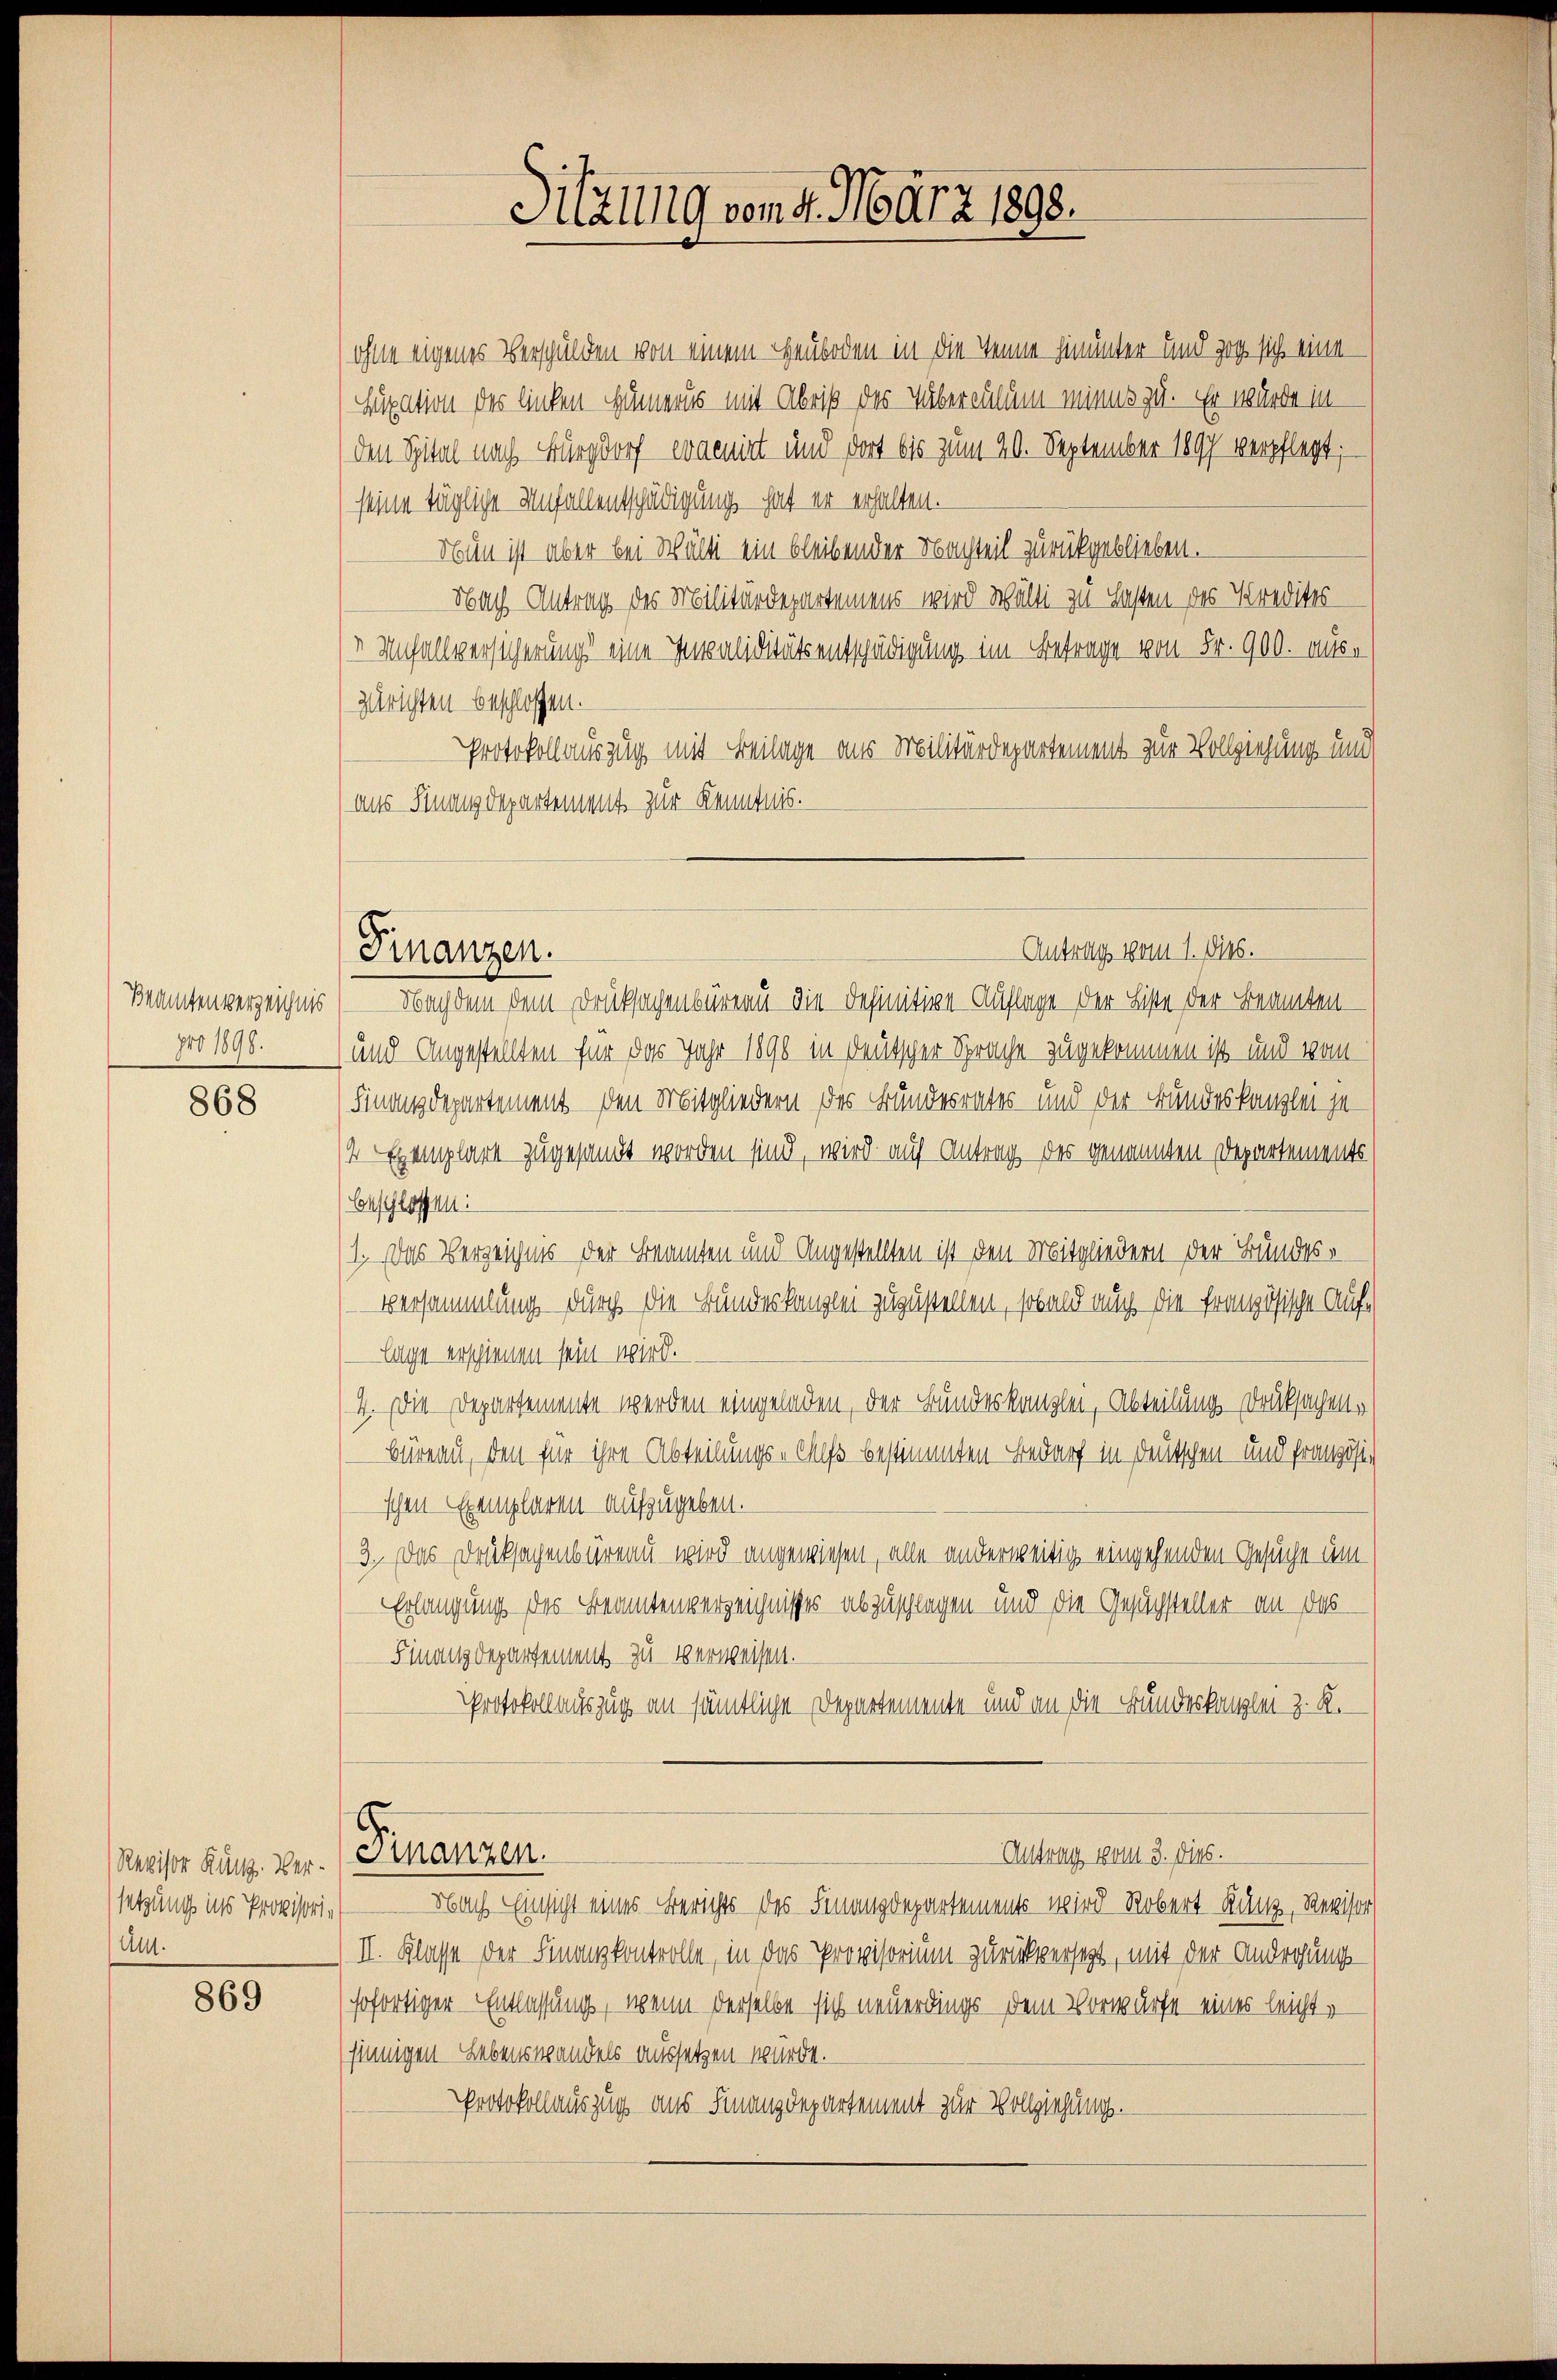
Beamtenverzeichnis
pro 1898.

868

Revisor Runz. Ver-
setzung ins Provisoriam.

869

Antrags vom 1. Dieb.
Finanzen.

den Spital nach Burgdorf eracirt und dort bis zum 20. September 1897 verpflegt;
seine tägliche Unfallentschädigung hat er erhalten.
Nun ist aber bei Wälti ein bleibender Nachteil zurückgeblieben.
Nach Antrag des Militärdepartemens wird wälti zu Lasten des Kredites
 Unfallversicherung eine Invaliditätsentschädigung im Befrage von Fr. 900. auszurichten beschlossen.
Protokollauszug mit Beilage aus Militärdepartement zur Vollziehung und
aus Finanzdepartement zur Kenntnis.

Sitzung vom 9. März 1898.

(ohne eigenes Verschulden von einem Heuboden in die Tenne hinunter und zog sich eine
upation des linken Hämmus mit Abris des Tuberculum minus zu. Er wurde in

Nachdem dem Drucksachenbüreau die definitive Auflage der Liste der Beamten¬
und Angestellten für das Jahr 1890 in deutscher Sprache zugekommen ist und von
Finanzdepartement den Mitgliedern des Bundesrates und der Bundeskanzlei ge¬
4 Exemplare zugesandt worden sind, wird auf Antrag des genannten Departements
beschlossen:
1. Das Verzeichnis der Beamten und Angestellten ist den Mitgliedern der Bundes¬
Versammlung durch die Bundeskanzlei zuzustellen, sobald auch die französische Auflage erschienen sein wird.
4. Die Departemente werden eingeladen, der Bundeskanzlei, Abteilung Druksachenbüreau, den für ihre Abteilungs-Chefs bestimmten Bedarf in Deutschen und französischen Exemplaren aufzugeben.
3. Das Drucksagenbüreau wird angewiesen, alle anderweitig eingehenden Gesuche um
Erlangung des Beamtenverzeichnisses abzuschlagen und die Gesuchsteller an das
Finanzdepartement zu verweisen.
Protokollauszug an sämtliche Departemente und an die Bundeskanzlei z. K.
Finanzen.
Antrag vom 3. dies.
Nach Einsicht eines Berichts des Finanzdepartements wird Robert Kanz, Revisor
II. Klasse der Finanzkontrolle, in das Provisorium zurückversetzt, mit der Androhungssofortiger Entlassung, wenn derselbe sich neuerdings dem Vorwurfe eines leichtsinnigen Lebenswandels aussetzen würde.
Protokollauszug aus Finanzdepartement zur Vollziehung.